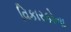
વિકારકોના